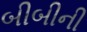
બીબીની